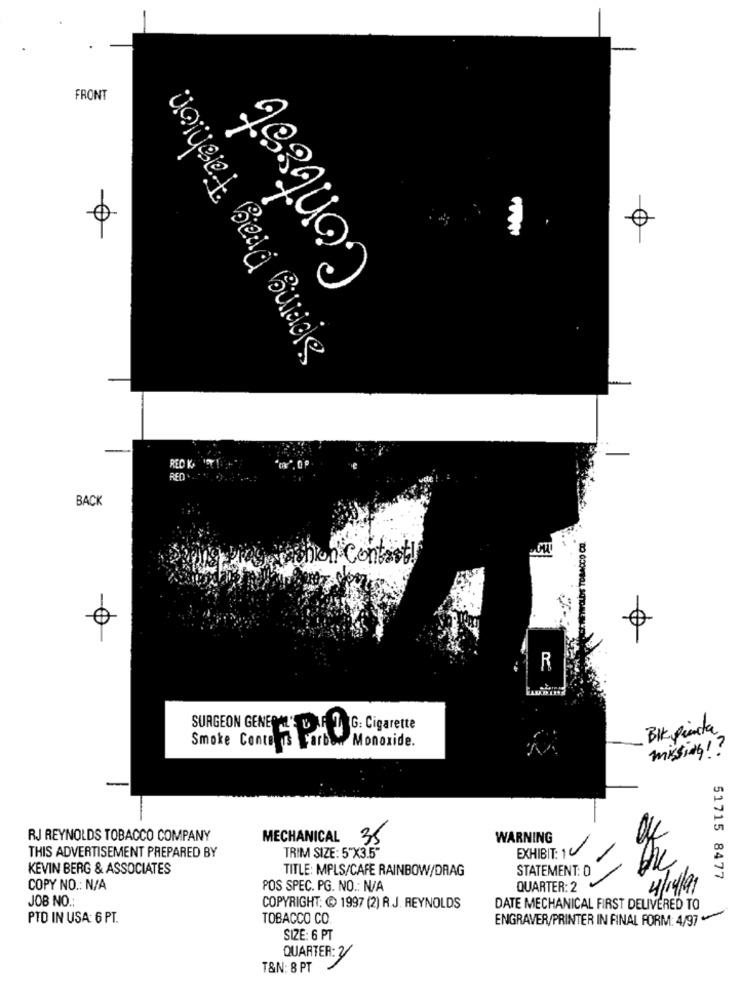
Contest
FRONT
vergeet Bead Bundle
RED K 19
RED
BACK
non Contact
0
R
G: Cigarette
BIK pianta
Monoxide.
Smoke Conta Da
missing ! ?
RJ REYNOLDS TOBACCO COMPANY
MECHANICAL 35
WARNING
TRIM SIZE: 5"X3.5"
EXHIBIT: 1
THIS ADVERTISEMENT PREPARED BY
1
KEVIN BERG & ASSOCIATES
TITLE: MPLS/CAFE RAINBOW/DRAG
STATEMENT: D
51715 8477
COPY NO .: N/A
POS SPEC. PG. NO .: N/A
QUARTER: 2
4/14/91
JOB NO .:
COPYRIGHT: @ 1997 (2) R.J. REYNOLDS
DATE MECHANICAL FIRST DELIVERED TO
PTO IN USA: 6 PT.
TOBACCO CO
ENGRAVER/PRINTER IN FINAL FORM: 4/97
SIZE: 6 PT
QUARTER: 3
T&N: 8 PT